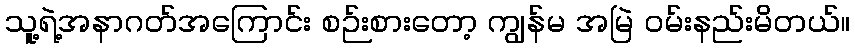
သူ့ရဲ့အနာဂတ်အကြောင်း စဉ်းစားတော့ ကျွန်မ အမြဲ ဝမ်းနည်းမိတယ်။